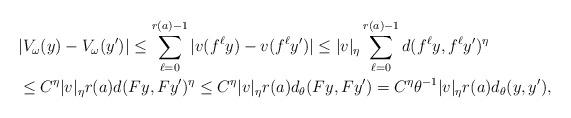
LaTeX: \begin{align*}& |V_\omega(y)-V_\omega(y')| \le \sum_{\ell=0}^{r(a)-1}|v(f^\ell y)-v(f^\ell y')|\le |v|_\eta\sum_{\ell=0}^{r(a)-1}d(f^\ell y,f^\ell y')^\eta\\ & \le C^\eta |v|_\eta r(a)d(Fy,Fy')^\eta\le C^\eta |v|_\eta r(a)d_\theta(Fy,Fy')= C^\eta \theta^{-1}|v|_\eta r(a)d_\theta(y,y'),\end{align*}